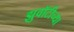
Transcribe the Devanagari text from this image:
झुवॉटीच्या